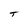
Character: T